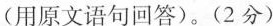
(用原文语句回答)。(2分)